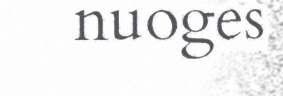
nuoges